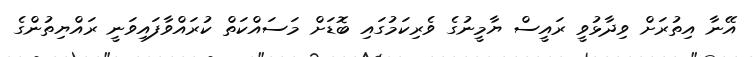
އޭނާ އިތުރަށް ވިދާޅުވީ ރައީސް ޔާމީނުގެ ވެރިކަމުގައި ބޮޑަށް މަސައްކަތް ކުރައްވާފައިވަނީ ރައްޔިތުންގެ